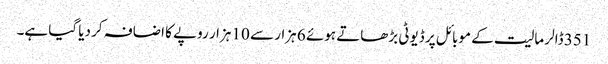
351 ڈالر مالیت کے موبائل پر ڈیوٹی بڑھاتے ہوئے 6 ہزار سے 10 ہزار روپے کا اضافہ کر دیا گیا ہے۔